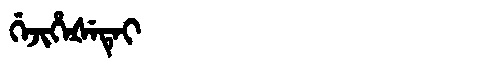
Manchu: ᡤᡝᠵᡳᡥᡝᡧᡝᡨᡝᡳ
Romanization: GEJIHEŠETEI